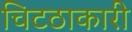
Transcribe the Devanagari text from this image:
चिटठाकारी